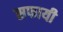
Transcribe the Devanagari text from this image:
सफायी